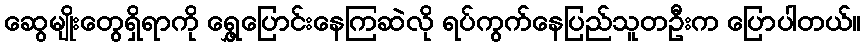
ဆွေမျိုးတွေရှိရာကို ရွှေ့ပြောင်းနေကြဆဲလို ရပ်ကွက်နေပြည်သူတဦးက ပြောပါတယ်။